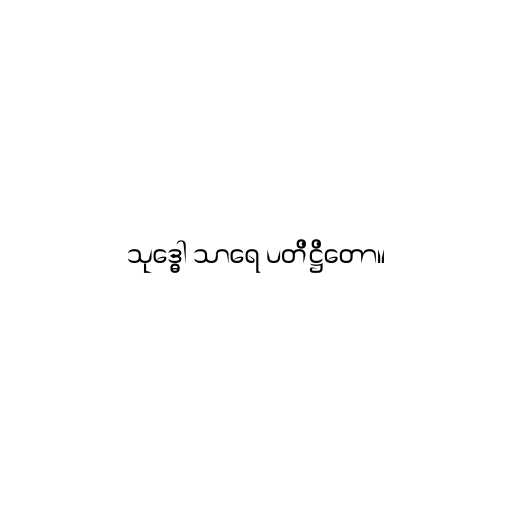
သုဒ္ဓေါ သာရေ ပတိဋ္ဌိတော။